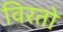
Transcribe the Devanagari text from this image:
विरतो